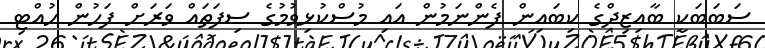
ސަބަބަކީ ބާއިޒިދްގެ ކިބައިން ފެންނަމުން އައި މުސްކުޅިވުމުގެ ސިފަތައް ވަރަށް ފަހުން ހުއްޓި